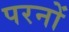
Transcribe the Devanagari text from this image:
परनों